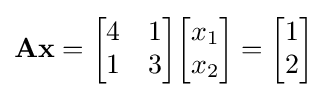
\mathbf {A} \mathbf {x} ={\begin{bmatrix}4&1\\1&3\end{bmatrix}}{\begin{bmatrix}x_{1}\\x_{2}\end{bmatrix}}={\begin{bmatrix}1\\2\end{bmatrix}}